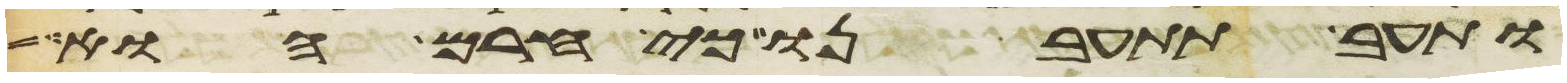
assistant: ותעב תתעבנו כי חרם הוא